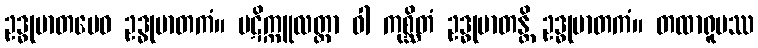
ဥဒ္ဓုမာတမေဝ ဥဒ္ဓုမာတကံ။ ပဋိက္ကူလတ္တာ ဝါ ကုစ္ဆိတံ ဥဒ္ဓုမာတန္တိ ဥဒ္ဓုမာတကံ။ တထာရူပဿ